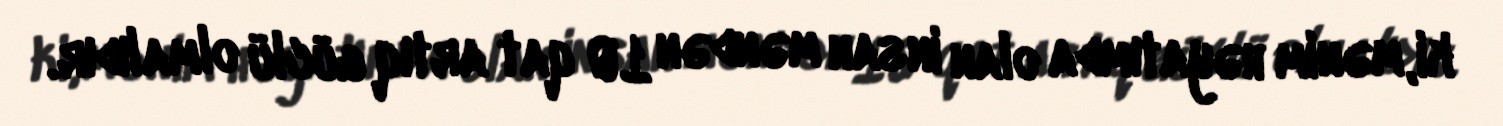
ki, mənim həyatımda olan insan məndən 10 qat artıq güclü olmalıdır.